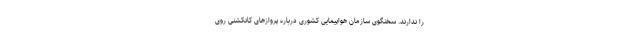
را ندارند. سخنگوی سازمان هواپیمایی کشوری درباره پروازهای کانکشنی روی